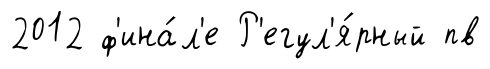
2012 ф'ина́л'е Р'егул'я́рный пв